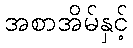
အစာအိမ်နှင့်